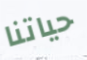
حياتنا